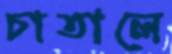
চাতালে